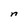
Character: n